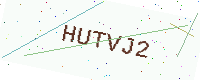
Text: HUTVJ2